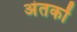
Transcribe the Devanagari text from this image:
अंतकों